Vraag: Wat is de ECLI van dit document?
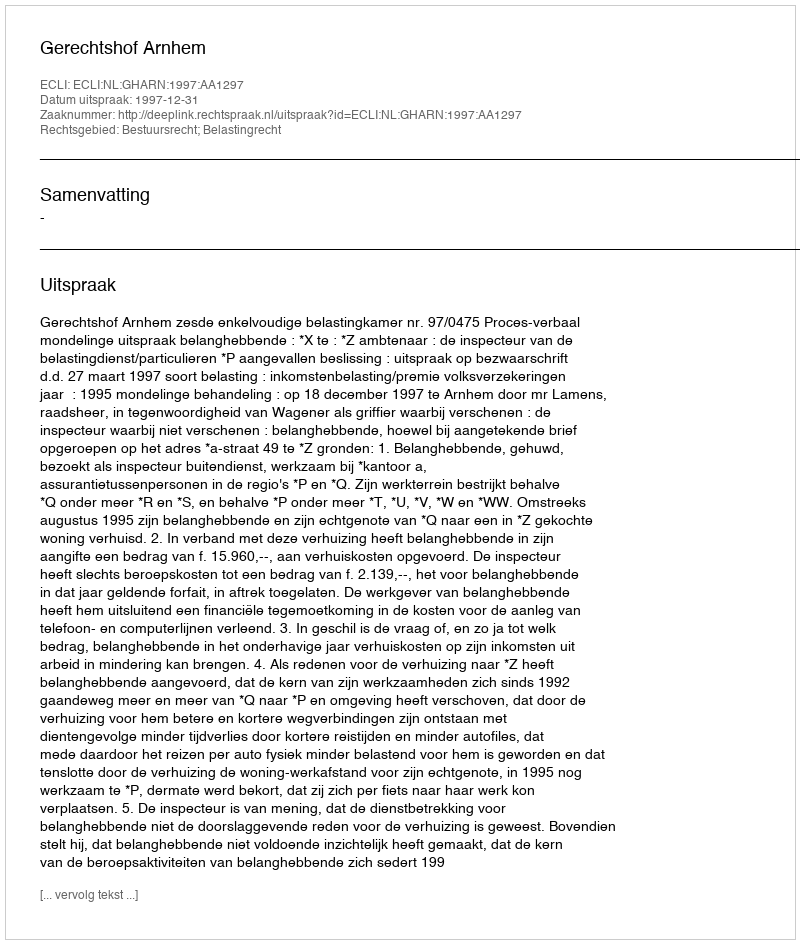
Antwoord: ECLI:NL:GHARN:1997:AA1297